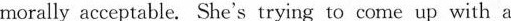
moraily acceptable. She's trying to come up with a